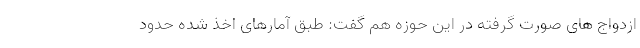
ازدواج های صورت گرفته در این حوزه هم گفت: طبق آمارهای اخذ شده حدود